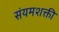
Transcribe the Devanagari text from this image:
संयमशक्ती